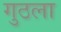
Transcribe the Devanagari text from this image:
गुठला